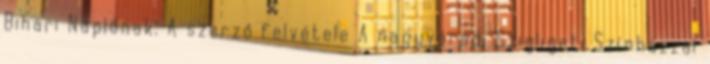
Bihari Naplónak. A szerző felvétele A nagyváradi Szigligeti Színházzal